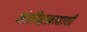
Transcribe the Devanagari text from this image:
अंतरिक्षप्रवासाशी